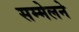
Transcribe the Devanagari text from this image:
सम्मेलने